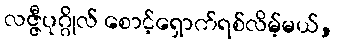
လဇ္ဇီပုဂ္ဂိုလ် စောင့်ရှောက်ရစ်လိမ့်မယ်,